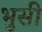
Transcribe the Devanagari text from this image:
भुसी